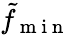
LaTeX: \tilde{f}_{\mathrm{~m~i~n~}}